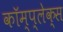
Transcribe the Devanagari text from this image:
कॉम्‍प्‍लेक्‍स